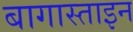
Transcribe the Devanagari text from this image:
बागास्ताइन